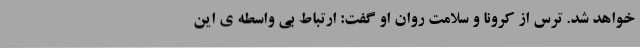
خواهد شد. ترس از کرونا و سلامت روان او گفت: ارتباط بی واسطه ی این